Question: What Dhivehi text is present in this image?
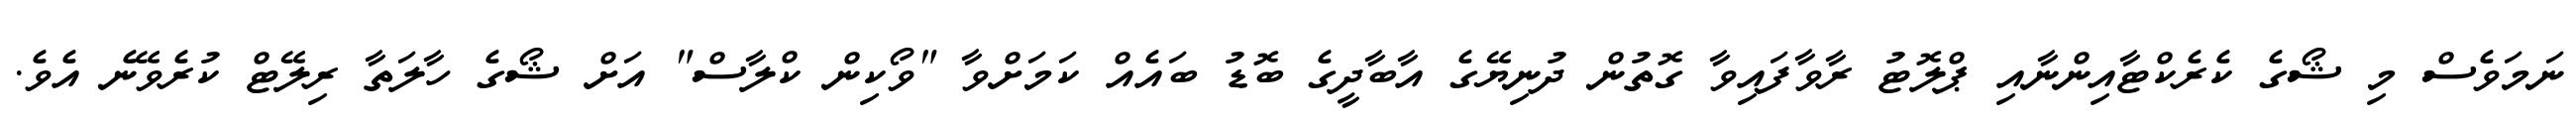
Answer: ނަމަވެސް މި ޝޯގެ ކެރެކްޓާއިންނާއި ޕްލޮޓު ރާވާފައިވާ ގޮތުން ދުނިޔޭގެ އާބާދީގެ ބޮޑު ބައެއް ކަމަށްވާ "ވޯކިން ކްލާސް" އަށް ޝޯގެ ހާލަތާ ރިލޭޓް ކުރެވޭނެ އެވެ.